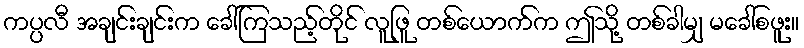
ကပ္ပလီ အချင်းချင်းက ခေါ်ကြသည့်တိုင် လူဖြူ တစ်ယောက်က ဤသို့ တစ်ခါမျှ မခေါ်စဖူး။